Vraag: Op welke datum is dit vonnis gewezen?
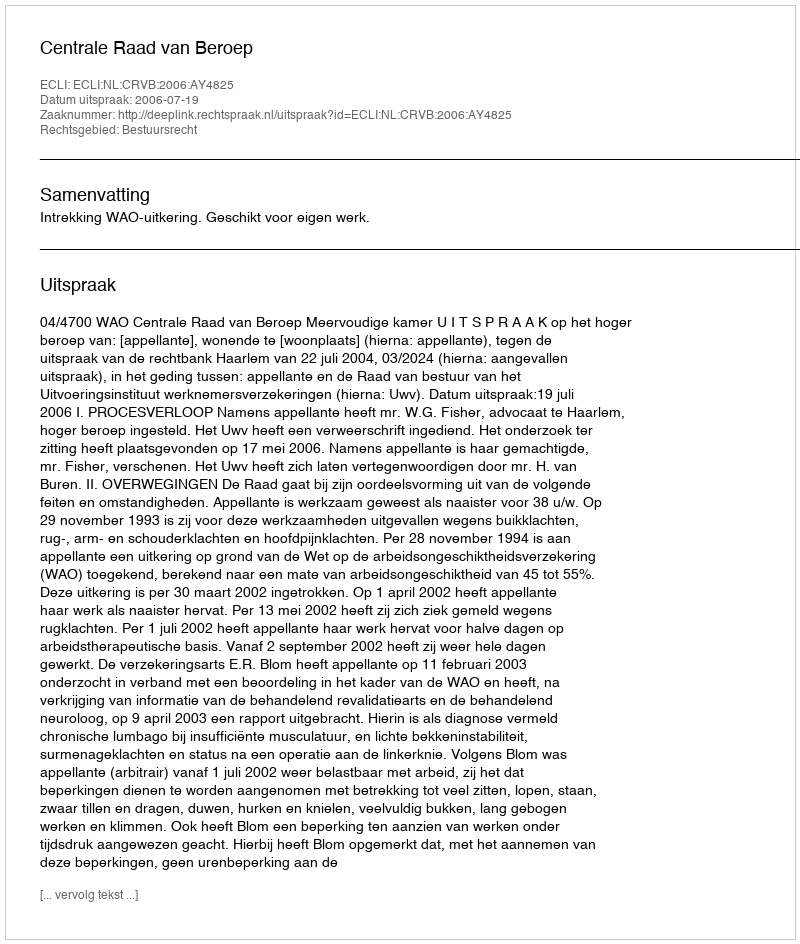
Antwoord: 2006-07-19